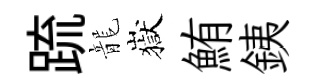
䟽龍嶽鮪銕